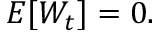
E [ W _ { t } ] = 0 .